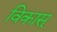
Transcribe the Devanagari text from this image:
विकास्